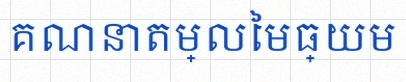
គណនាតម្លៃមធ្យម